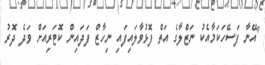
"އޭނާ ފަސޭހަކަމާއެކު ނަޒްލާގެ އަތް ފޮޅުވާލައިފައި ނިހާޒް ފަދައިން ކޮޓަރިއަށް ވަދެ ދޮރު